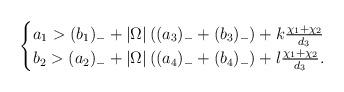
LaTeX: \begin{align*}\begin{cases}a_1>(b_1)_-+|\Omega|\left((a_3)_-+(b_3)_-\right)+k\frac{\chi_1+\chi_2}{d_3}\cr b_2> (a_2)_-+|\Omega|\left((a_4)_-+(b_4)_-\right)+l\frac{ \chi_1+ \chi_2}{d_3}.\end{cases} \end{align*}